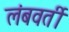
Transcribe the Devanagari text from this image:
लंबवर्ती